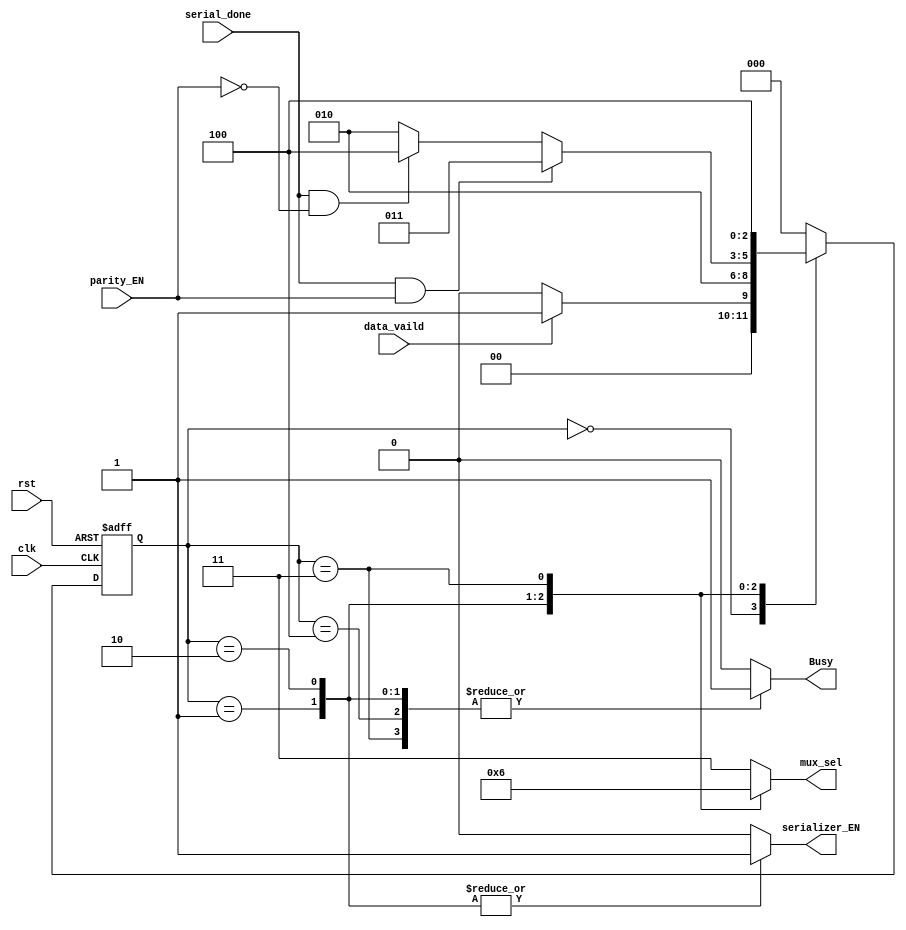
module FSM
 (
    input wire       data_vaild,
    input wire       parity_EN,
    input wire       serial_done,
    input wire       clk,
    input wire       rst,
    output reg       serializer_EN,
    output reg [1:0] mux_sel,
    output reg       Busy
);

reg [2:0] current_state;
reg [2:0] next_state;
     
localparam     idle_state   =3'd0 ,
               start_state  =3'd1 ,
               data_state   =3'd2 ,
               parity_state =3'd3 ,
               stop_state   =3'd4 ;

               
always @(posedge clk or negedge rst )
    begin
        if(!rst)
            current_state <= idle_state;
        else
            current_state <= next_state ;
    end

always @(*)
    begin
        case (current_state)
          idle_state    : begin
                         if(data_vaild)
                            next_state = start_state;
                        else
                            next_state = idle_state;
                            end
          start_state   : begin
                            next_state = data_state;
                            end
          data_state    : begin
                            if(serial_done && parity_EN)
                             next_state=parity_state;
                            else if(serial_done && !parity_EN)
                             next_state=stop_state;
                            else
                             next_state=data_state;
                            end
          parity_state  : begin
                            next_state = stop_state;
                            end
          stop_state    : begin
                            next_state=idle_state;
                            end
            default     : begin
                         next_state=idle_state;
                            end
        endcase
    end


always @(*)
   begin
        case (current_state)
          idle_state    : begin
                             mux_sel=2'd3;  // as stop_bit here =1'd1
                             Busy=1'd0;
                             serializer_EN=1'd0;
                          end
          start_state   : begin
                              mux_sel=2'd0;
                              Busy=1'd1;
                              serializer_EN=1'd1;
                          end
          data_state    : begin
                              serializer_EN=1'd1;
                              mux_sel=2'd1;
                              Busy=1'd1;
                          end
          parity_state  : begin
                            serializer_EN=1'd0;
                            mux_sel=2'd2;
                            Busy=1'd1;
                          end
          stop_state    : begin
                            serializer_EN=1'd0;
                            mux_sel=2'd3;
                            Busy=1'd1;
                          end
            default     : begin
                            serializer_EN=1'd0;
                            mux_sel=2'd3;
                            Busy=1'd0;
                         end    
        endcase
    end
endmodule